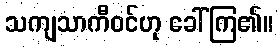
သကျသာကီဝင်ဟု ခေါ်ကြ၏။